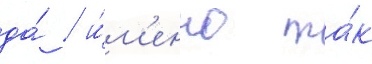
да́ / и́м'енно та́к